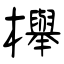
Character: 櫸